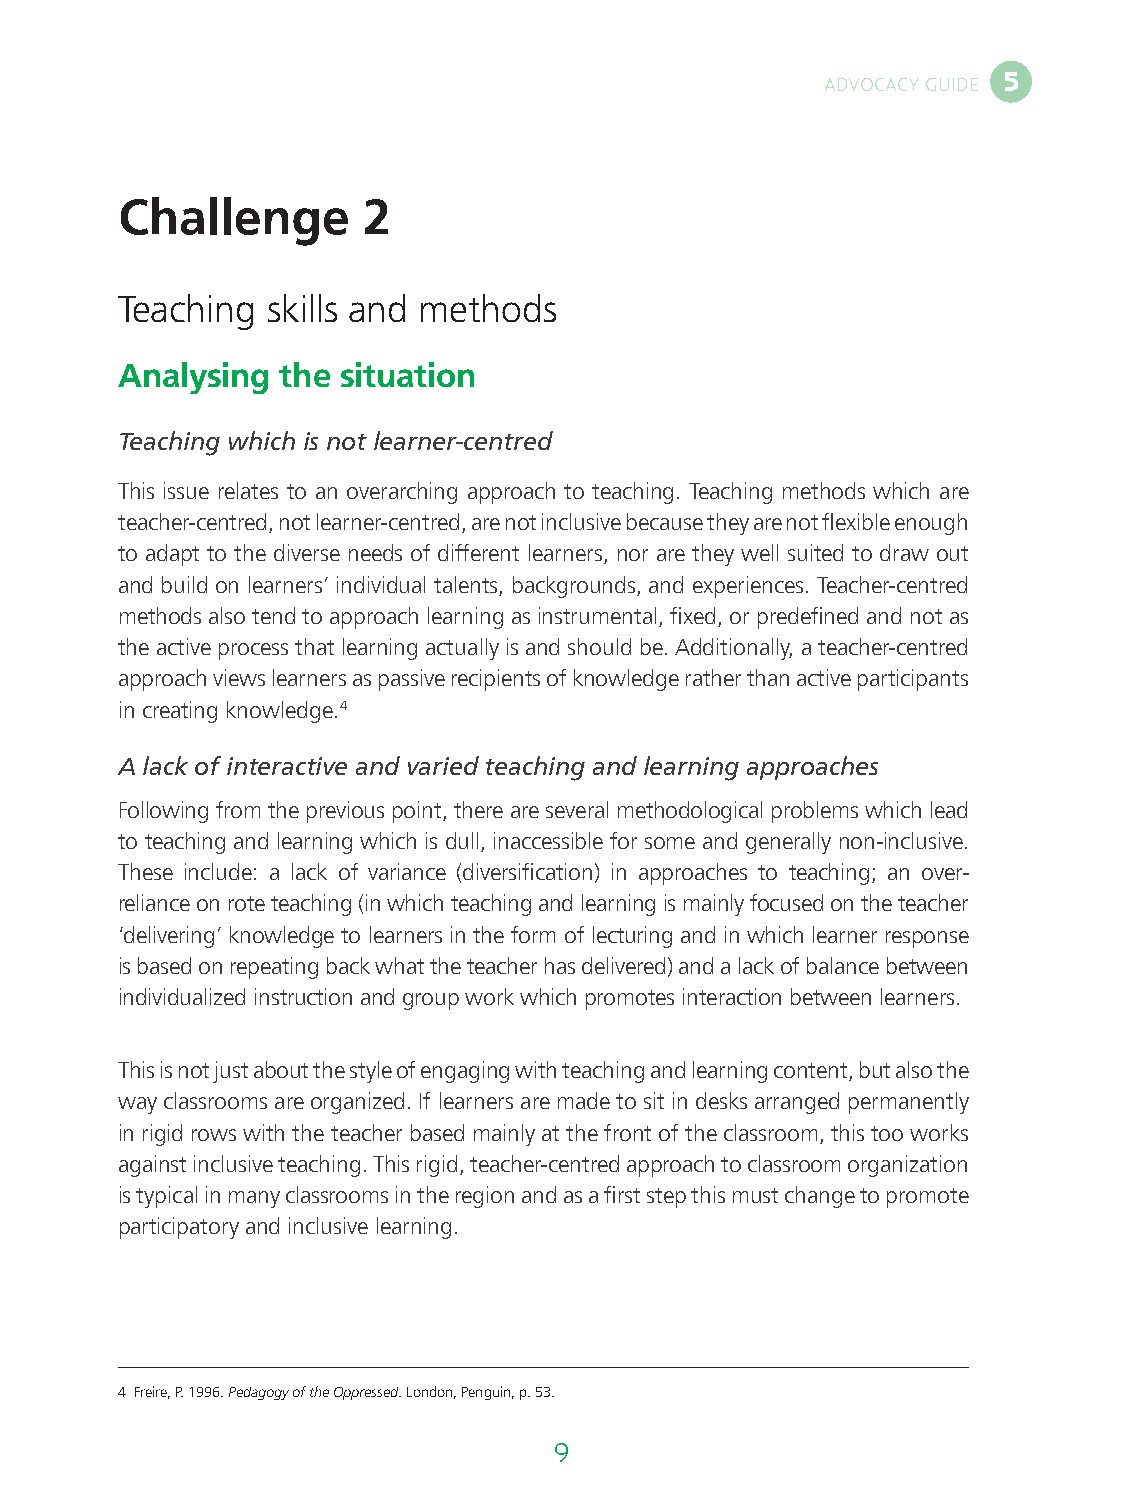
5
 ADVOCACY GUIDE
 Challenge       2
 Teaching  skills and methods
 Analysing  the situation
 Teaching which is not learner-centred
 This issue relates to an overarching approach to teaching. Teaching methods which are
 teacher-centred, not learner-centred, are not inclusive because they are not flexible enough
 to adapt to the diverse needs of different learners, nor are they well suited to draw out
 and build on learners’ individual talents, backgrounds, and experiences. Teacher-centred
 methods also tend to approach learning as instrumental, fixed, or predefined and not as
 the active process that learning actually is and should be. Additionally, a teacher-centred
 approach views learners as passive recipients of knowledge rather than active participants
 in creating knowledge.4
 A lack of interactive and varied teaching and learning approaches
 Following from the previous point, there are several methodological problems which lead
 to teaching and learning which is dull, inaccessible for some and generally non-inclusive.
 These include: a lack of variance (diversification) in approaches to teaching; an over-
 reliance on rote teaching (in which teaching and learning is mainly focused on the teacher
 ‘delivering’ knowledge to learners in the form of lecturing and in which learner response
 is based on repeating back what the teacher has delivered) and a lack of balance between
 individualized instruction and group work which promotes interaction between learners.
 This is not just about the style of engaging with teaching and learning content, but also the
 way classrooms are organized. If learners are made to sit in desks arranged permanently
 in rigid rows with the teacher based mainly at the front of the classroom, this too works
 against inclusive teaching. This rigid, teacher-centred approach to classroom organization
 is typical in many classrooms in the region and as a first step this must change to promote
 participatory and inclusive learning.
 4 Freire, P. 1996. Pedagogy of the Oppressed. London, Penguin, p. 53.
 8                                    9